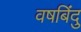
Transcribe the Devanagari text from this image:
वषबिंदु